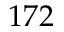
1 7 2